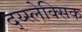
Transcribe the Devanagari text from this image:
द्य्स्लेक्सिक